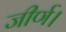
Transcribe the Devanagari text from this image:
जीर्ण।